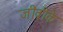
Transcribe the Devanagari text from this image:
जीवीके